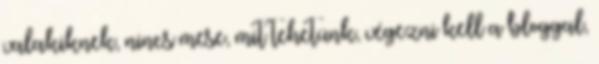
valakiknek, nincs mese, mit tehetünk, végezni kell a bloggal,